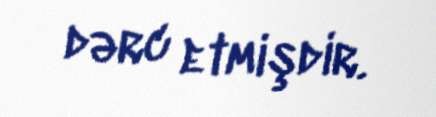
dərc etmişdir.